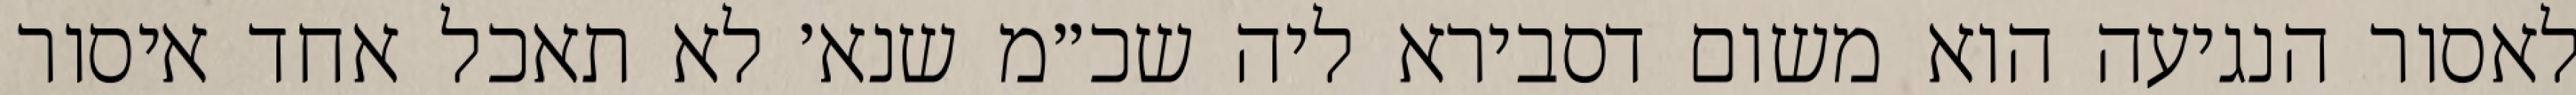
לאסור הנגיעה הוא משום דסבירא ליה שכ״מ שנא׳ לא תאכל אחד איסור